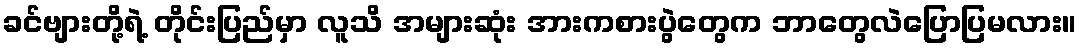
ခင်ဗျားတို့ရဲ့ တိုင်းပြည်မှာ လူသိ အများဆုံး အားကစားပွဲတွေက ဘာတွေလဲပြောပြမလား။